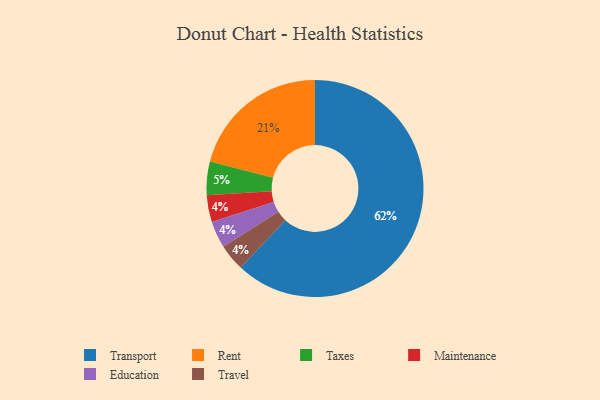
{"axis": {"x": "Category", "y": "Percentage"}, "legend": ["Education", "Maintenance", "Rent", "Taxes", "Transport", "Travel"], "data": [{"x": "Taxes", "y": 5, "type": "Taxes"}, {"x": "Maintenance", "y": 4, "type": "Maintenance"}, {"x": "Transport", "y": 62, "type": "Transport"}, {"x": "Education", "y": 4, "type": "Education"}, {"x": "Rent", "y": 21, "type": "Rent"}, {"x": "Travel", "y": 4, "type": "Travel"}]}